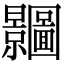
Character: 𭨗